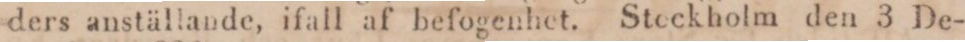
ders anställande, ifall af befogenhet. Stockholm den 3 De-